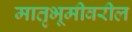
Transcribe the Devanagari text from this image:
मातृभूमीवरील